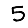
Digit: 5